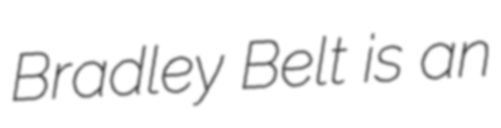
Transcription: Bradley Belt is an